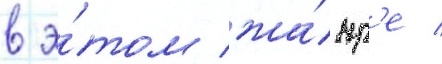
в э́том жа́нр'е /